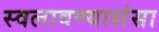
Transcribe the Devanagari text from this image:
स्वलावण्याशंसा